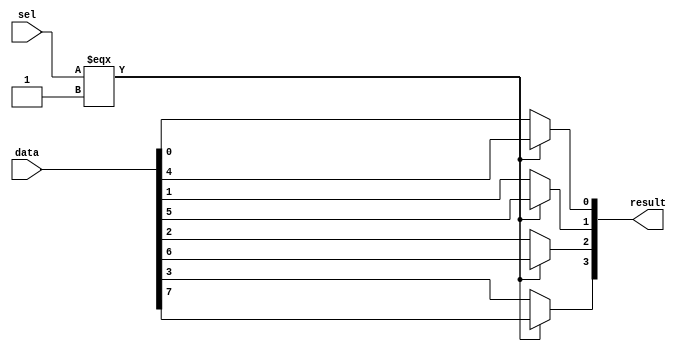
module  MUX4_mux
	( 
	data,
	result,
	sel) /* synthesis synthesis_clearbox=1 */;
	input   [7:0]  data;
	output   [3:0]  result;
	input   [0:0]  sel;
`ifndef ALTERA_RESERVED_QIS
// synopsys translate_off
`endif
	tri0   [7:0]  data;
	tri0   [0:0]  sel;
`ifndef ALTERA_RESERVED_QIS
// synopsys translate_on
`endif

	wire	wire_l1_w0_n0_mux_dataout;
	wire	wire_l1_w1_n0_mux_dataout;
	wire	wire_l1_w2_n0_mux_dataout;
	wire	wire_l1_w3_n0_mux_dataout;
	wire  [7:0]  data_wire;
	wire  [3:0]  result_wire_ext;
	wire  [0:0]  sel_wire;

	assign		wire_l1_w0_n0_mux_dataout = (sel_wire[0] === 1'b1) ? data_wire[4] : data_wire[0];
	assign		wire_l1_w1_n0_mux_dataout = (sel_wire[0] === 1'b1) ? data_wire[5] : data_wire[1];
	assign		wire_l1_w2_n0_mux_dataout = (sel_wire[0] === 1'b1) ? data_wire[6] : data_wire[2];
	assign		wire_l1_w3_n0_mux_dataout = (sel_wire[0] === 1'b1) ? data_wire[7] : data_wire[3];
	assign
		data_wire = {data},
		result = result_wire_ext,
		result_wire_ext = {wire_l1_w3_n0_mux_dataout, wire_l1_w2_n0_mux_dataout, wire_l1_w1_n0_mux_dataout, wire_l1_w0_n0_mux_dataout},
		sel_wire = {sel[0]};
endmodule